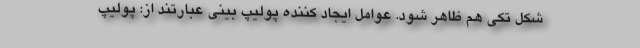
شکل تکی هم ظاهر شود. عوامل ایجاد کننده پولیپ بینی عبارتند از: پولیپ